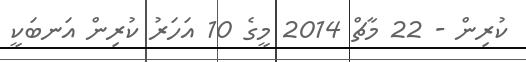
ކުރިން - 22 މާޗް 2014 މީގެ 10 އަހަރު ކުރިން އަނބަކީ